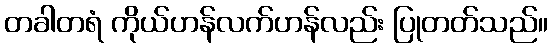
တခါတရံ ကိုယ်ဟန်လက်ဟန်လည်း ပြုတတ်သည်။